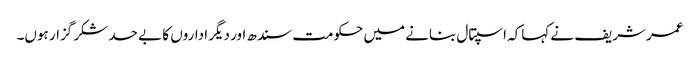
عمرشریف نے کہاکہ اسپتال بنانے میں حکومت سندھ اور دیگر اداروں کا بے حد شکر گزار ہوں۔